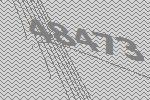
48473